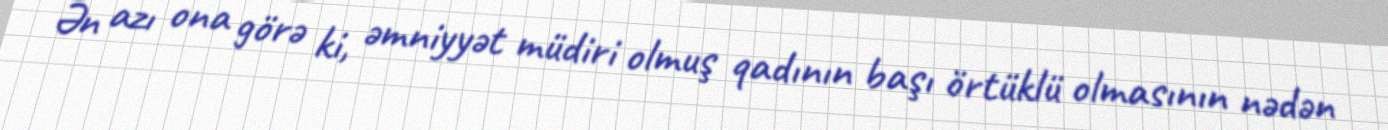
Ən azı ona görə ki, əmniyyət müdiri olmuş qadının başı örtüklü olmasının nədən